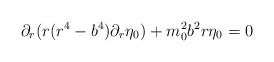
\begin{align*}\partial_{r}(r(r^{4}-b^{4})\partial_{r}\eta_{0}) + m_{0}^{2}b^{2}r\eta_{0} =0\end{align*}